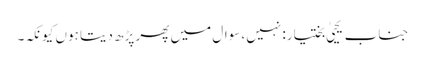
جناب یحییٰ بختیار: نہیں، سوال میں پھر پڑھ دیتا ہوں کیونکہ۔